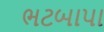
ભટબાપા